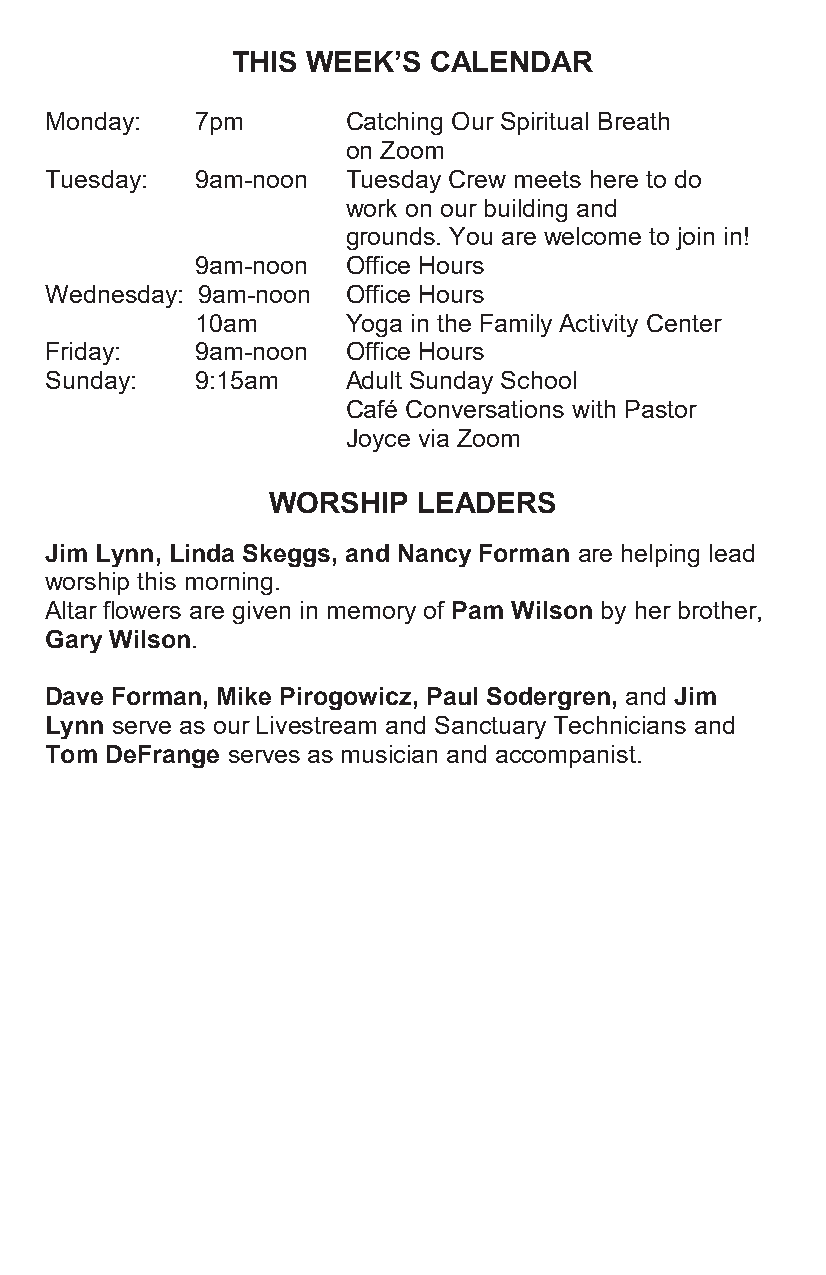
THIS WEEK’S  CALENDAR
 Monday:   7pm       Catching Our Spiritual Breath
 on Zoom
 Tuesday:  9am-noon  Tuesday Crew meets here to do
 work on our building and
 grounds. You are welcome to join in!
 9am-noon  Office Hours
 Wednesday: 9am-noon Office Hours
 10am      Yoga in the Family Activity Center
 Friday:   9am-noon  Office Hours
 Sunday:   9:15am    Adult Sunday School
 Café Conversations with Pastor
 Joyce via Zoom
 WORSHIP   LEADERS
 Jim Lynn, Linda Skeggs, and Nancy Forman are helping lead
 worship this morning.
 Altar flowers are given in memory of Pam Wilson by her brother,
 Gary Wilson.
 Dave Forman, Mike Pirogowicz, Paul Sodergren, and Jim
 Lynn serve as our Livestream and Sanctuary Technicians and
 Tom DeFrange serves as musician and accompanist.